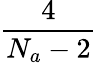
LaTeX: \frac{4}{N_{a}-2}